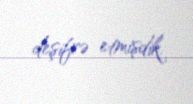
deşifrə etmişdik.